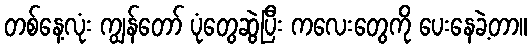
တစ်နေ့လုံး ကျွန်တော် ပုံတွေဆွဲပြီး ကလေးတွေကို ပေးနေခဲ့တာ။